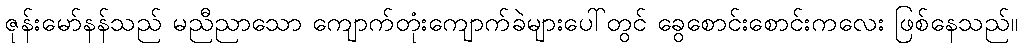
ဇုန်းမော်နန်သည် မညီညာသော ကျောက်တုံးကျောက်ခဲများပေါ်တွင် ခွေစောင်းစောင်းကလေး ဖြစ်နေသည်။